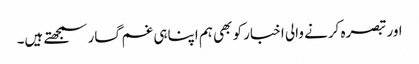
اور تبصرہ کرنے والی اخبار کو بھی ہم اپناہی غم گسار سمجھتے ہیں۔